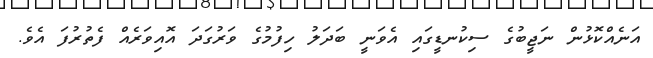
އަނެއްކޮޅުން ނަޖީބުގެ ސިކުނޑީގައި އެވަނީ ބަދަލު ހިފުމުގެ ވަރުގަދަ އޮއިވަރެއް ފެތުރުފަ އެވެ.